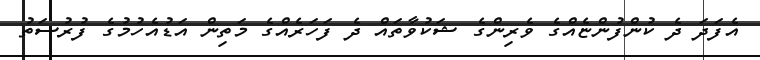
އެފަދަ ދެ ކުންފުންޏެއްގެ ވެރިންގެ ޝަކުވާތައް ދެ ފަހަރެއްގެ މަތިން އަޑުއެހުމުގެ ފުރުސަތު